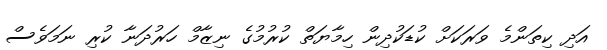
އަދި ކިތަންމެ ވަރަކަށް ކުޑަކުދިން ހިމާޔަތް ކުރުމުގެ ނިޒާމް ހަރުދަނާ ކުރި ނަމަވެސް